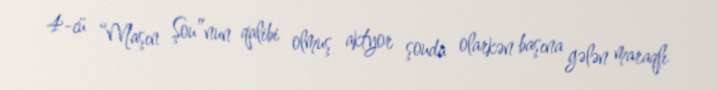
4-cü “Maşın Şou”nun qalibi olmuş aktyor şouda olarkən başına gələn maraqlı